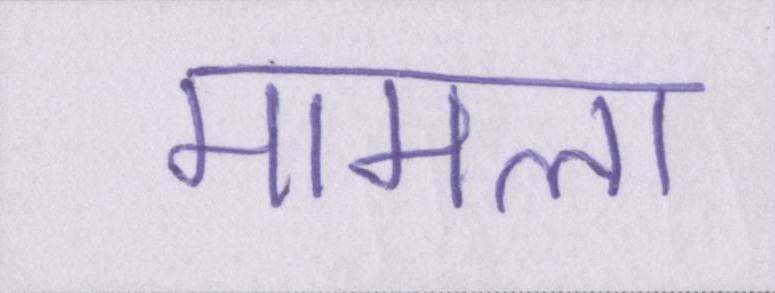
मामला